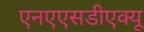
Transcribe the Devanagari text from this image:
एनएएसडीएक्यू